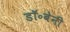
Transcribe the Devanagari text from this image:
डॉ॰बेनी